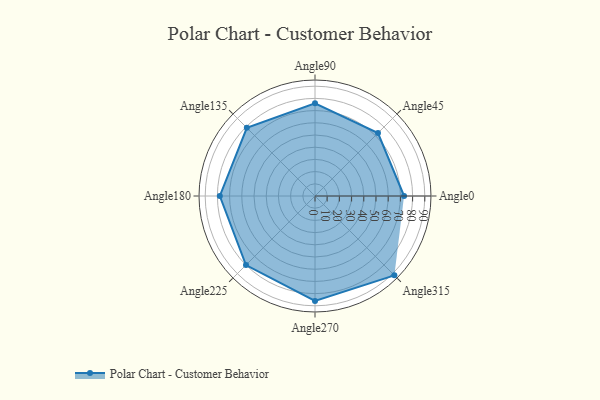
{"axis": {"x": "Angle", "y": "Radius"}, "legend": [""], "data": [{"x": "Angle0", "y": 73.0, "type": ""}, {"x": "Angle45", "y": 73.0, "type": ""}, {"x": "Angle90", "y": 76.0, "type": ""}, {"x": "Angle135", "y": 79.0, "type": ""}, {"x": "Angle180", "y": 78.0, "type": ""}, {"x": "Angle225", "y": 80.0, "type": ""}, {"x": "Angle270", "y": 86.0, "type": ""}, {"x": "Angle315", "y": 92.0, "type": ""}]}